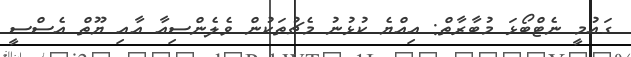
ގައުމީ ނެޓްބޯޅަ މުބާރާތް: އިއްޔެ ކުޅުނު މެޗުތަކުން ވެލެންސިއާ އާއި ޔޫތް އެސްސީ